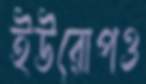
ইউরোপও